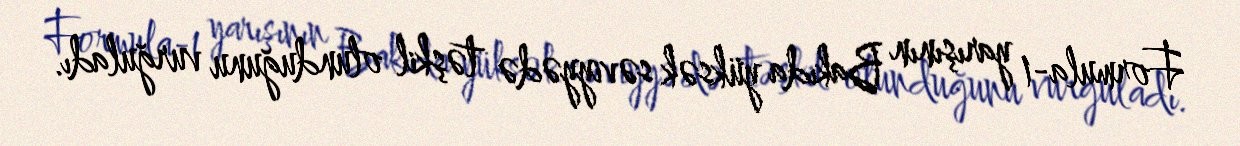
Formula-1 yarışının Bakıda yüksək səviyyədə təşkil olunduğunu vurğuladı.